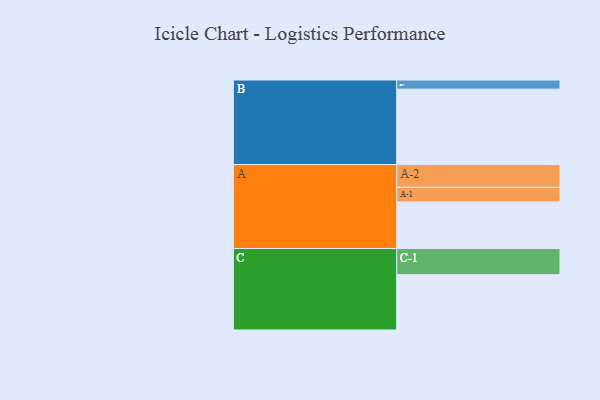
{"axis": {"x": "Segment", "y": "Value"}, "legend": ["", "A", "B", "C"], "data": [{"x": "A", "y": 357, "type": ""}, {"x": "B", "y": 578, "type": ""}, {"x": "C", "y": 424, "type": ""}, {"x": "A-1", "y": 112, "type": "A"}, {"x": "A-2", "y": 174, "type": "A"}, {"x": "B-1", "y": 70, "type": "B"}, {"x": "C-1", "y": 200, "type": "C"}]}